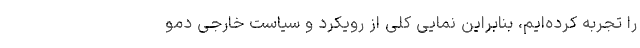
را تجربه کرده‌ایم، بنابراین نمایی کلی از رویکرد و سیاست خارجی دمو